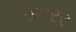
સરરર